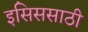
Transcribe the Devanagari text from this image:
इसिससाठी